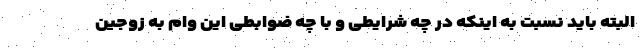
البته باید نسبت به اینکه در چه شرایطی و با چه ضوابطی این وام به زوجین